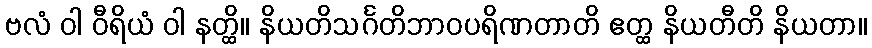
ဗလံ ဝါ ဝီရိယံ ဝါ နတ္ထိ။ နိယတိသင်္ဂတိဘာဝပရိဏတာတိ ဧတ္ထ နိယတီတိ နိယတာ။